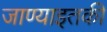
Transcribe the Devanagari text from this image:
जाण्याइतकी